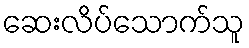
ဆေးလိပ်သောက်သူ